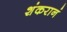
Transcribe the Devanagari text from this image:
शंकरानं